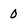
Character: 0